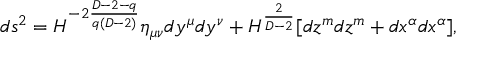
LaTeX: d s ^ { 2 } = H ^ { - 2 \frac { D - 2 - q } { q ( D - 2 ) } } \eta _ { \mu \nu } d y ^ { \mu } d y ^ { \nu } + H ^ { \frac { 2 } { D - 2 } } [ d z ^ { m } d z ^ { m } + d x ^ { \alpha } d x ^ { \alpha } ] ,